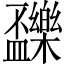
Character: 𣡝